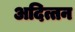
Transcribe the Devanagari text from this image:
अदित्तन